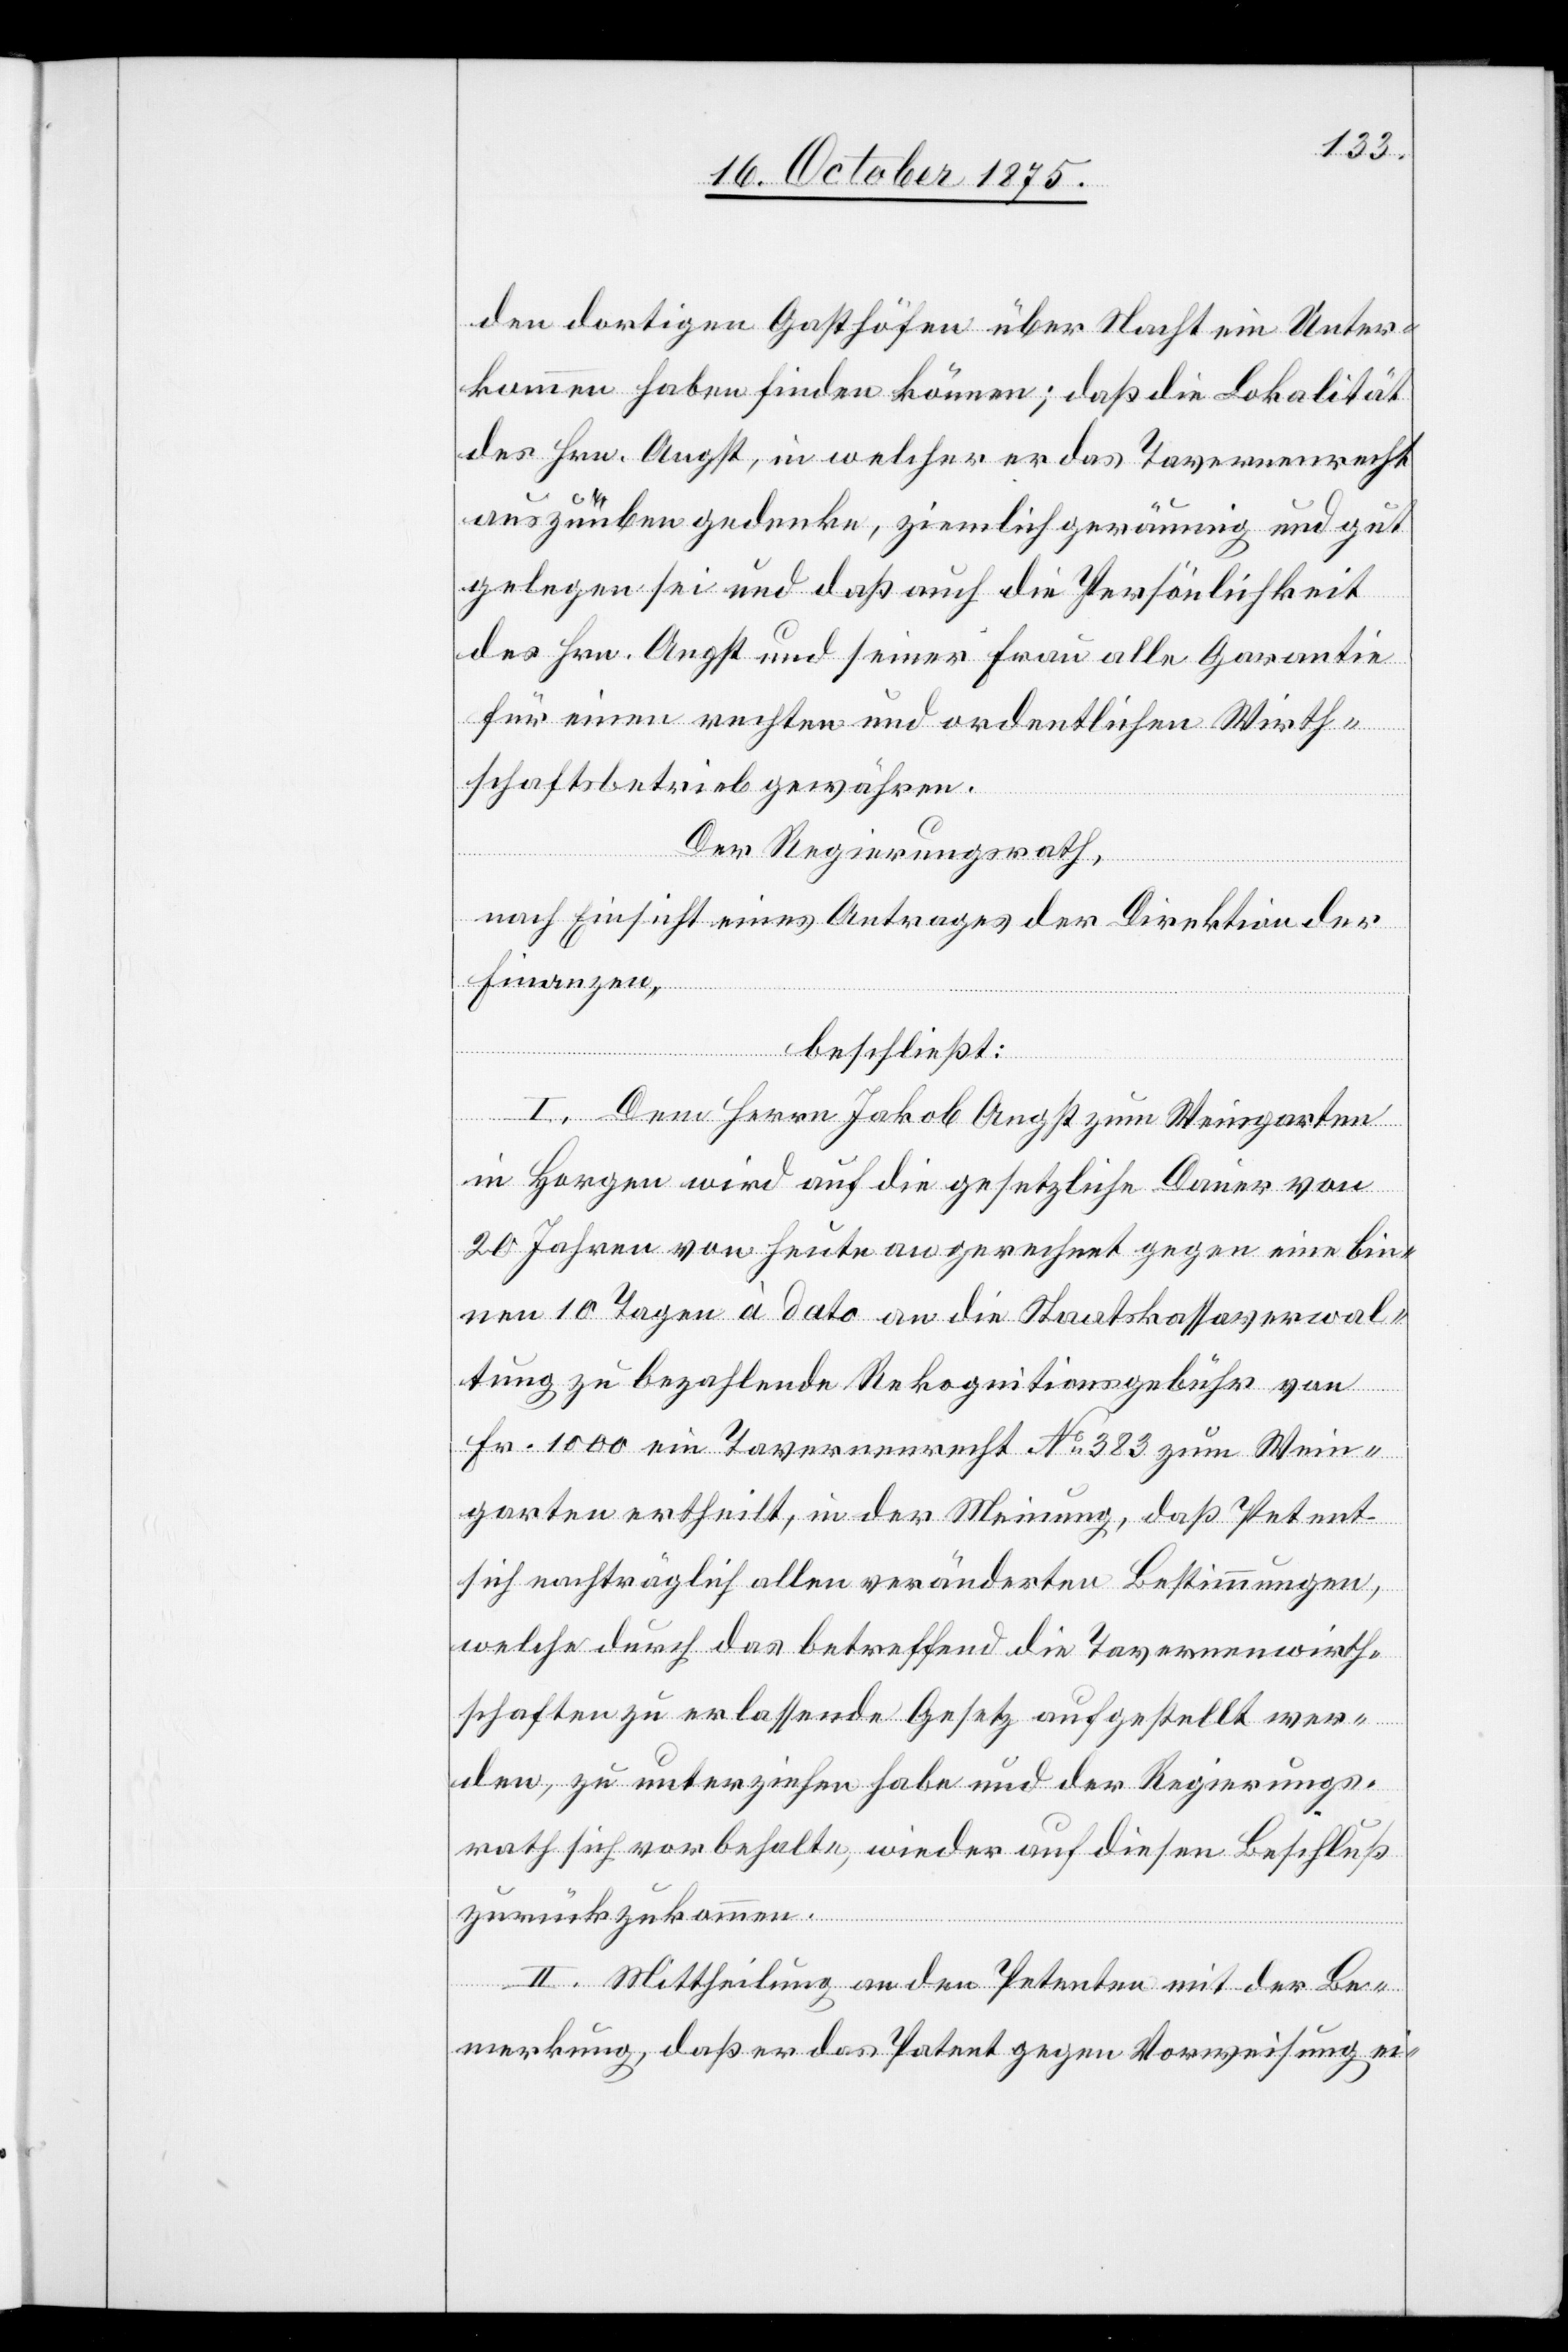
den dortigen Gasthöfen über Nacht ein Unter¬
kommen haben finden können; daß die Lokalität
des Hrn. Angst, in welcher er das Tavernenrecht
auszuüben gedenke, ziemlich geräumig und gut
gelegen sei und daß auch die Persönlichkeit
des Hrn. Angst und seiner Frau alle Garantie
für einen rechten und ordentlichen Wirth¬
schaftsbetrieb gewähren.
Der Regierungsrath,
nach Einsicht eines Antrages der Direktion der
Finanzen,
beschließt:
I. Dem Herrn Jakob Angst zum Weingarten
in Horgen wird auf die gesetzliche Dauer von
20 Jahren von heute an gerechnet gegen eine bin¬
nen 10 Tagen à dato an die Staatskassaverwal¬
tung zu bezahlende Rekognitionsgebühr von
Fr. 1000 ein Tavernenrecht No 383 zum Wein¬
garten ertheilt, in der Meinung, daß Petent
sich nachträglich allen veränderten Bestimmungen,
welche durch das betreffend die Tavernenwirth¬
schaften zu erlassende Gesetz aufgestellt wer¬
den, zu unterziehen habe und der Regierungs¬
rath sich vorbehalte, wieder auf diesen Beschluß
zurückzukommen.
II. Mittheilung an den Petenten mit der Be¬
merkung, daß er das Patent gegen Vorweisung ei-